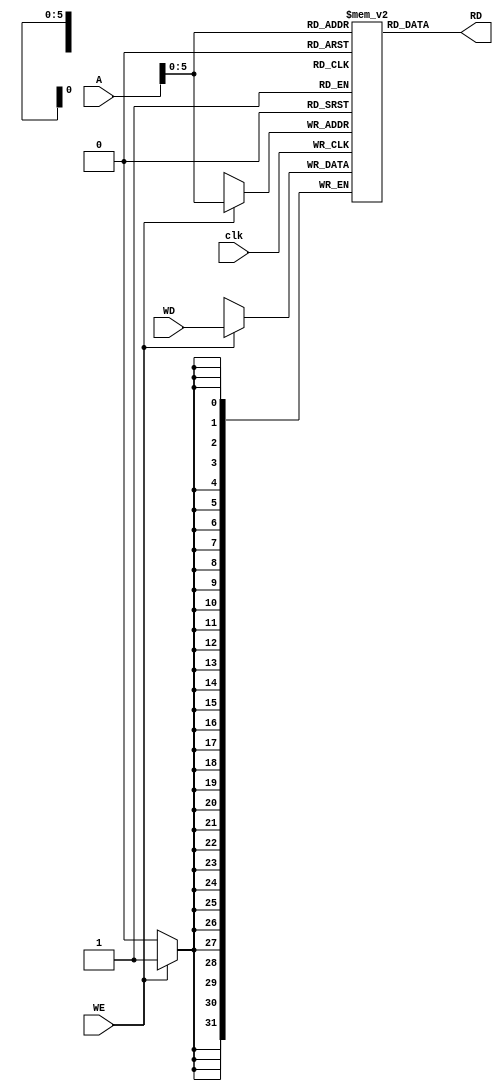
`timescale 1ns / 1ps
//////////////////////////////////////////////////////////////////////////////////
// Company: 
// Engineer: 
// 
// Design Name: 
// Module Name:    DataMemory 
// Project Name: 
// Target Devices: 
// Tool versions: 
// Description: 
//
// Dependencies: 
//
// Revision: 
// Revision 0.01 - File Created
// Additional Comments: 
//
//////////////////////////////////////////////////////////////////////////////////
module DataMemory( input clk, 
						 input WE,
						 input [31:0] A,
						 input [31:0] WD,
						 output [31:0] RD );
						 
	reg [31:0] mem [63:0];
	reg [31:0] data;
	initial begin 
		mem[0] = 10;
		mem[1] = 9;
		mem[2] = 8;
		mem[3] = 7;
		mem[4] = 6; 
		mem[5] = 5;
		mem[6] = 4;
		mem[7] = 3;
		mem[8] = 2;
		mem[9] = 1;
		mem[10] = 0;
	end 
	
	always @(*) begin 
		data <= mem[A];
	end 
	
	assign RD = data;
	
	// Write data into memory address A when the Write Enable is ON.
	always @(posedge clk) begin
		if (WE)
		mem[A] <= WD;
	end 


endmodule